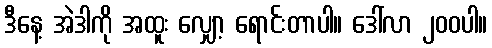
ဒီနေ့ အဲဒါကို အထူး လျှော့ ရောင်းတာပါ။ ဒေါ်လာ ၂၀၀ပါ။